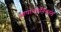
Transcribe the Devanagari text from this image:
आपापलेनिकाल